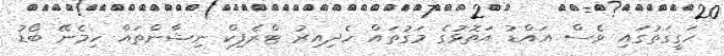
ހަގީގަތުގައި ވެސް އައްޑު އަތޮޅުގެ މަގުތައް ހެދިއިރު ޓްރެފިކް ނިޝާންތައް ހިމެނޭ ބޯޑު